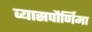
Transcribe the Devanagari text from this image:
व्यासपौर्णिमा